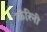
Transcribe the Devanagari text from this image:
कॅरिनी